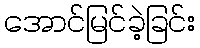
အောင်မြင်ခဲ့ခြင်း